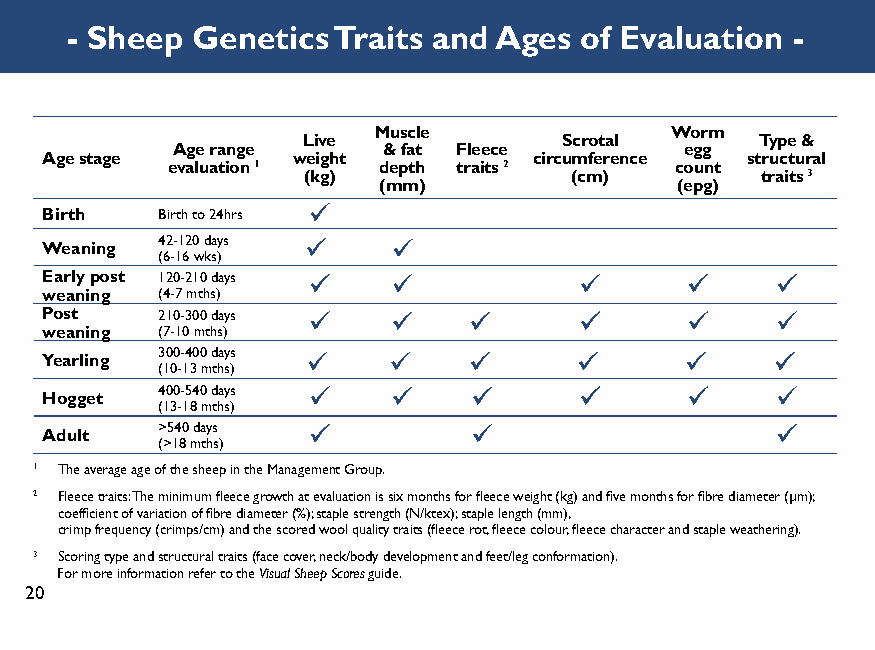
- Sheep  Genetics Traits and Ages of Evaluation -
 Muscle             Worm
 Live             Scrotal      Type &
 Age range     & fat Fleece        egg
 Age stage       weight          circumference structural
 evaluation 1  depth traits 2      count
 (kg)              (cm)        traits 3
 (mm)                (epg)
 Birth  Birth to 24hrs
 42-120 days
 Weaning
 (6-16 wks)
 Early post 120-210 days
 weaning (4-7 mths)
 Post   210-300 days
 weaning (7-10 mths)
 300-400 days
 Yearling
 (10-13 mths)
 400-540 days
 Hogget
 (13-18 mths)
 >540 days
 Adult
 (>18 mths)
 1 The average age of the sheep in the Management Group.
 2 Fleece traits: The minimum fl eece growth at evaluation is six months for fl eece weight (kg) and fi ve months for fi bre diameter (µm);
 coeffi cient of variation of fi bre diameter (%); staple strength (N/ktex); staple length (mm),
 crimp frequency (crimps/cm) and the scored wool quality traits (fl eece rot, fl eece colour, fl eece character and staple weathering).
 3 Scoring type and structural traits (face cover, neck/body development and feet/leg conformation).
 For more information refer to the Visual Sheep Scores guide.
 20